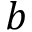
b